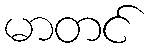
မာတင်